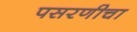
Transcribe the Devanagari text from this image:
पसरणीचा